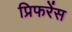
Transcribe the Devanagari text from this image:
प्रिफरेंस